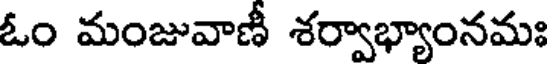
ఓం మంజువాణీ శర్వాభ్యాంనమః